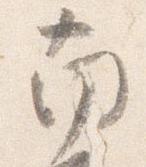
南